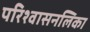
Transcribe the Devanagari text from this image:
परिश्वासनलिका